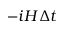
- i H \Delta t